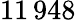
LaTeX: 11\, 948